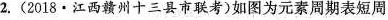
2.(2018·江西赣州十三县市联考)如图为元素周期表短周